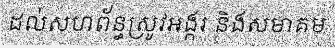
ដល់សហព័ន្ធស្រូវអង្ករ និងសមាគម